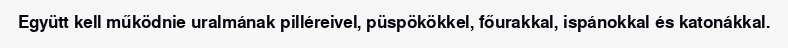
Együtt kell működnie uralmának pilléreivel, püspökökkel, főurakkal, ispánokkal és katonákkal.